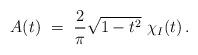
LaTeX: \begin{align*} A(t) \ = \ \frac{2}{\pi}\sqrt{1 - t^2}\ \chi_{I}(t) \, .\end{align*}